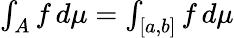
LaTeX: \textstyle{\int_{A}f\, d\mu=\int_{[a,b]}f\, d\mu}